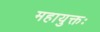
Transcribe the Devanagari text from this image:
महायुक्तः